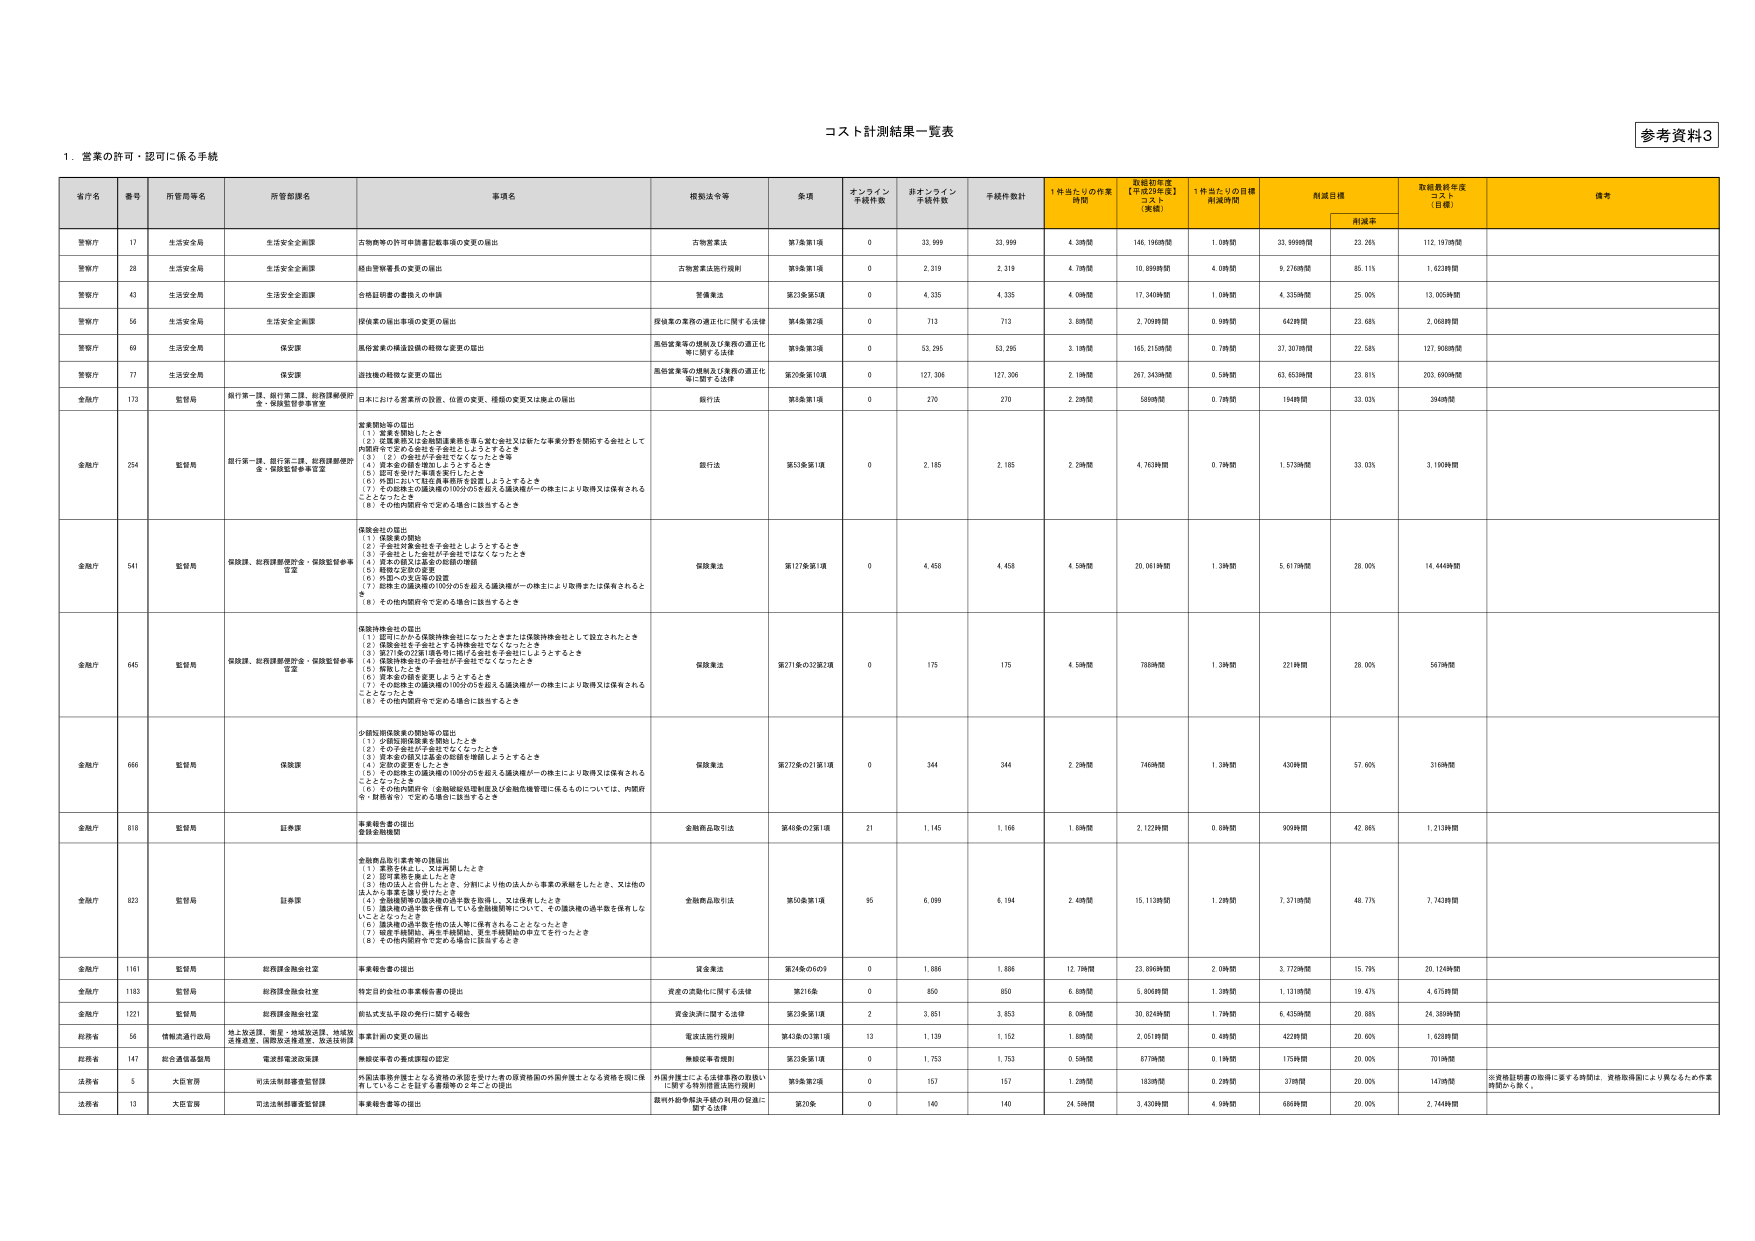
コスト計測結果一覧表

参考資料8

1．営業の許可・認可に係る手続

省庁名 番号 所管局等名 所管部課名 事項名 根拠法令等 金項 オンライン 手続件数 非オンライン 手続件数 手続件数計 1件当たりの作業 時間 取組初年度 【平成29年度】 コスト （実績） 1件当たりの目標 再減時間 削減目標 取組最終年度 コスト （目標） 備考
削減率

警察庁 17 生活安全局 生活安全企画課 古物商等の許可申請書記載事項の変更の届出 古物営業法 第7条第1項 0 33,999 33,999 4.39時間 146,196時間 1.09時間 33,999時間 23.26% 112,197時間

警察庁 28 生活安全局 生活安全企画課 結他警察署長の変更の届出 古物営業法施行規則 第3条第5項 0 2,319 2,319 4.79時間 10,099時間 4.08時間 9.27時間 85.11% 1,622時間

警察庁 43 生活安全局 生活安全企画課 合格証明書の書換えの申請 警備業法 第23条第5項 0 4,335 4,335 4.09時間 17,340時間 1.09時間 4,335時間 25.05% 13,005時間

警察庁 56 生活安全局 生活安全企画課 保険業の届出事項の変更の届出 保険業の業務の適正化に関する法律 第4条第2項 0 713 713 3.89時間 2,709時間 0.99時間 642時間 23.68% 2,068時間

警察庁 69 生活安全局 保安課 風俗営業の構造設備の規制の変更の届出 風俗営業等の規制及び業務の適正化等に関する法律 第3条第3項 0 53,295 53,295 3.19時間 165,215時間 0.79時間 37,307時間 22.58% 127,908時間

警察庁 77 生活安全局 保安課 道路後の規制の変更の届出 風俗営業等の規制及び業務の適正化等に関する法律 第20条第10項 0 127,306 127,306 2.19時間 267,343時間 0.59時間 63,653時間 23.81% 203,690時間

金融庁 173 監督局 銀行第一課、銀行第二課、総務課融資計画・保険監督事務室 日本における営業所の設置、位置の変更、種類の変更又は廃止の届出 銀行法 第8条第1項 0 270 270 2.29時間 589時間 0.79時間 194時間 33.03% 394時間

金融庁 254 監督局 銀行第一課、銀行第二課、総務課融資計画・保険監督事務室 営業開始等の届出
（1）営業を開始したとき
（2）営業事務及び金融関連業務を専ら営む会社又は新たな事業分野を開始する会社として内閣府令で定める会社を子会社としようとするとき
（3）（2）の会社が子会社でなくなったとき
（4）資本金の額を増加しようとするとき
（5）証拠を発行し、これを発行したとき
（6）外国において駐在員事務所を設置しようとするとき
（7）その債務主の議決権の100分の5を超える議決権が一の株主により取得又は保有されることとなったとき
（8）その他内閣府令で定める場合に該当するとき 銀行法 第51条第1項 0 2,185 2,185 2.29時間 4,763時間 0.79時間 1,573時間 33.03% 3,190時間

金融庁 541 監督局 保険課、総務課融資部会・保険監督事務室 保険会社の届出
（1）保険業の開始
（2）子会社が保険会社を子会社としようとするとき
（3）子会社とし子会社が子会社でなくなったとき
（4）資本の額又は基金の総額の増額
（5）新株の発行の決定
（6）外国への支店等の設置
（7）財務主の議決権の100分の5を超える議決権が一の株主により取得または保有されることとなったとき
（8）その他内閣府令で定める場合に該当するとき 保険業法 第17条第1項 0 4,458 4,458 4.59時間 20,061時間 1.39時間 5,617時間 28.05% 14,444時間

金融庁 645 監督局 保険課、総務課融資部会・保険監督事務室 保険持株会社の届出
（1）証明にかかる保険持株会社になったときまたは保険持株会社として設立されたとき
（2）保険会社を子会社とする保険持株会社でなくなったとき
（3）第271条の2第1項各号に掲げる会社を子会社にしようとするとき
（4）保険持株会社の子会社が子会社でなくなったとき
（5）新株をしたとき
（6）資本金の額を変更しようとするとき
（7）その債務主の議決権の100分の5を超える議決権が一の株主により取得又は保有されることとなったとき
（8）その他内閣府令で定める場合に該当するとき 保険業法 第271条の32第2項 0 175 175 4.59時間 789時間 1.39時間 221時間 28.05% 567時間

金融庁 666 監督局 保険課 少額短期保険業の開始等の届出
（1）少額短期保険業を開始したとき
（2）その子会社が子会社でなくなったとき
（3）資本金の額又は基金の総額を増額しようとするとき
（4）新株の発行したとき
（5）その債務主の議決権の100分の5を超える議決権が一の株主により取得又は保有されることとなったとき
（6）その他内閣府令（金融機関規制関連及び金融危機管理に係るものについては、内閣府令・財務省令）で定める場合に該当するとき 保険業法 第272条の21第1項 0 344 344 2.29時間 746時間 0.39時間 430時間 57.60% 316時間

金融庁 818 監督局 証券課 事業報告書の提出 金融商品取引法 第48条の2第1項 21 1,145 1,166 1.89時間 2,122時間 0.89時間 909時間 42.08% 1,213時間

金融庁 823 監督局 証券課 金融商品取引業者等の諸届出
（1）業務を休止し、又は再開したとき
（2）取引事業を廃止したとき
（3）他の法人と合併したとき、分割により他の法人から事業の承継をしたとき、又は他の法人から事業を譲り受けたとき
（4）金融機関等の議決権の過半数を取得し、又は保有したとき
（5）議決権の過半数を保有している金融機関等について、その議決権の過半数を保有しないこととなったとき
（6）議決権の過半数を他の法人等に保有されたこととなったとき
（7）破産手続開始、再生手続開始、更生手続開始の申立てを行ったとき
（8）その他内閣府令で定める場合に該当するとき 金融商品取引法 第50条第1項 95 6,099 6,194 2.49時間 15,113時間 1.29時間 7,371時間 48.77% 7,742時間

金融庁 1161 監督局 総務課金融会社室 事業報告書の提出 資金業法 第24条の6の9 0 1,886 1,886 12.79時間 23,099時間 2.09時間 3,772時間 15.79% 20,124時間

金融庁 1183 監督局 総務課金融会社室 特定目的会社の事業報告書の提出 資産の流動化に関する法律 第216条 0 850 850 6.89時間 5,806時間 1.39時間 1,131時間 19.47% 4,675時間

金融庁 1221 監督局 総務課金融会社室 前払式支払手段の発行に関する報告 資金決済に関する法律 第23条第1項 2 3,851 3,853 8.09時間 30,824時間 1.79時間 6,435時間 20.88% 24,389時間

総務省 56 情報流通行政局 地上放送課、衛星・地域放送課、地域放送推進課、国際放送推進課、放送技術課 事業計画の変更の届出 電波法施行規則 第43条の3第1項 13 1,139 1,152 1.89時間 2,051時間 0.49時間 422時間 20.60% 1,628時間

総務省 147 総合通信基盤局 電波部電波政策課 無線従事者の事故等の認定 無線従事者規則 第20条第1項 0 1,753 1,753 0.59時間 877時間 0.19時間 175時間 20.00% 701時間

法務省 5 大臣官房 司法法制部審査監理課 外国法事務所博士となる資格の承認を受けた者の資格期間の外国弁護士となる資格を現に保有していることを証する書類等の２年ごとの提出 外国弁護士による法律事務の取扱いに関する特別措置法施行規則 第3条第2項 0 157 157 1.29時間 183時間 0.29時間 37時間 20.00% 147時間 ※資格証明書の取得に要する時間は、資格取得前により異なるため作業時間から除く。

法務省 13 大臣官房 司法法制部審査監理課 業者報告書等の提出 銀行外郭事業法等の利用の促進に関する法律 第20条 0 140 140 24.59時間 3,430時間 4.99時間 686時間 20.00% 2,744時間